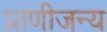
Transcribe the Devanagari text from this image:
प्राणीजन्य